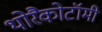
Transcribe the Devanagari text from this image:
थोरैकोटॉमी